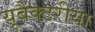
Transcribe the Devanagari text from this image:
यूबैक्टरीया